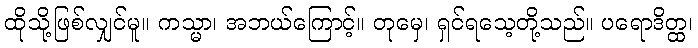
ထိုသို့ဖြစ်လျှင်မူ။ ကသ္မာ၊ အဘယ်ကြောင့်။ တုမှေ၊ ရှင်ရသေ့တို့သည်။ ပရောဒိတ္ထ၊